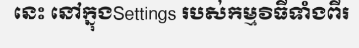
នេះ នៅក្នុងSettings របស់កម្មវិធីទាំងពីរ